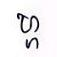
ហ្ហ